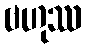
ဗဟုဿ